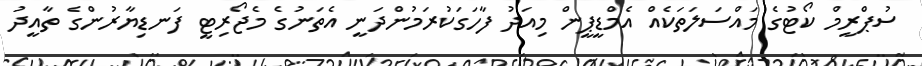
ސުޕްރީމް ކޯޓުގެ މައްސަލަތަކެއް އެމްޑީޕީން މިއަދު ފާހަގަކުރަމުންދަނީ އެތަނުގެ މެޖޯރިޓީ ފަނޑިޔާރުންގެ ތާއީދު